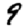
Digit: 9